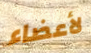
لأعضاء